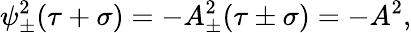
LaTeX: \psi_{\pm}^{2}(\tau+\sigma)=-A_{\pm}^{2}(\tau\pm\sigma)=-A^{2},